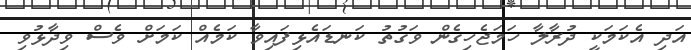
އަދި އެކަމަކީ ދުރާލާ ހަމަޖެހިގެން ވަގުތު ކަނޑައެޅިފައިވާ ކަމެއް ކަމަށް ވެސް ވިދާޅުވި